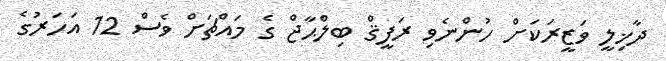
ދާޚިލީ ވަޒީރަކަށް ހުންނެވި ރަފީޤް ބިލްޙާޖް ގެ މައްޗަށް ވެސް 12 އަހަރުގެ